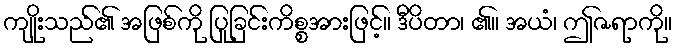
ကျိုးသည်၏ အဖြစ်ကို ပြုခြင်းကိစ္စအားဖြင့်။ ဒီပိတာ၊ ၏။ အယံ၊ ဤဇရာကို။